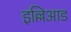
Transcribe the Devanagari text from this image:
इल्लिआड